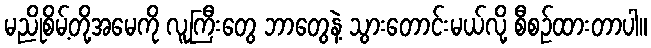
မညိုစိမ့်တို့အမေကို လူကြီးတွေ ဘာတွေနဲ့ သွားတောင်းမယ်လို့ စီစဉ်ထားတာပါ။